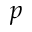
p